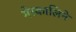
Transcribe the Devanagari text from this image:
मेस्कालिने